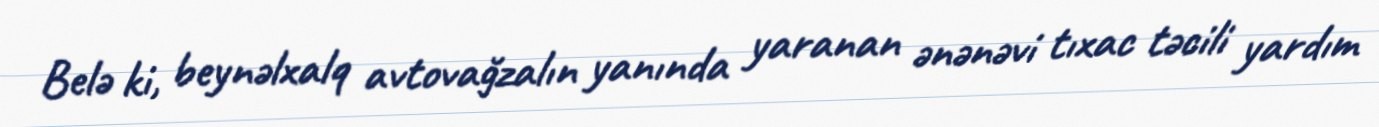
Belə ki, beynəlxalq avtovağzalın yanında yaranan ənənəvi tıxac təcili yardım